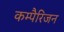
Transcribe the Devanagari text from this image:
कम्पैरिजन